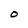
Character: O